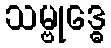
သမ္ဗုဒ္ဓေ